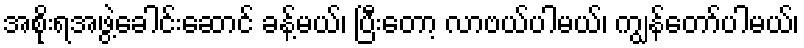
အစိုးရအဖွဲ့ခေါင်းဆောင် ခန့်မယ်၊ ပြီးတော့ လာဗယ်ပါမယ်၊ ကျွန်တော်ပါမယ်၊